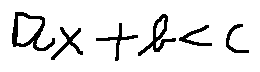
a x + b < c